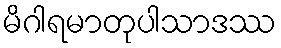
မိဂါရမာတုပါသာဒဿ